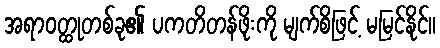
အရာဝတ္ထုတစ်ခု၏ ပကတိတန်ဖိုးကို မျက်စိဖြင့် မမြင်နိုင်။